Medical and sanitary report of the native army of Bengal for the year
Year: 1876
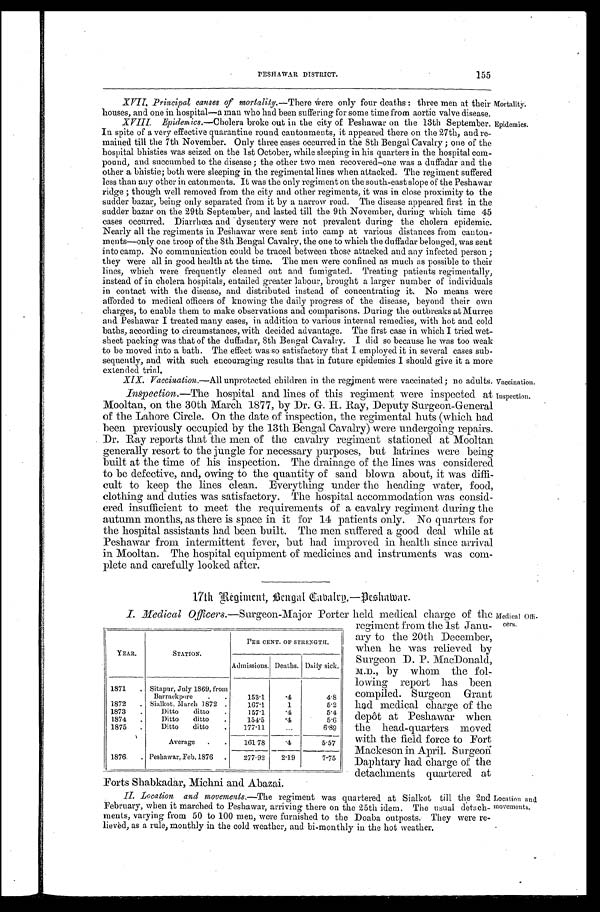
PESHAWAR DISTRICT.
155
XVII. Principal causes of mortality. —There were only four deaths: three men at their
houses, and one in hospital—a man who had been suffering for some time from aortic valve disease.
XVIII. Epidemics.—Cholera broke out in the city of Peshawar on the 13th September.
In spite of a very effective quarantine round cantonments, it appeared there on the 27th, and re
- m a i n e d t i l l t h e 7 t h N o v e m b e r . O n l y t h r e e c a s e s o c c u r r e d i n t h e 8 t h B e n g a l C a v a l r y ; o n e o f t h e
hospital bhisties was seized on the 1st October, while sleeping in his quarters in the hospital com
- p o u n d , a n d s u c c u m b e d t o t h e d i s e a s e ; t h e o t h e r t w o m e n r e c o v e r e d — o n e w a s a d u f f a d a r a n d t h e
other a bhistie; both were sleeping in the regimental lines when attacked. The regiment suffered
less than any other in catonments. It was the only regiment on the south-east slope of the Peshawar
ridge; though well removed from the city and other regiments, it was in close proximity to the
sudder bazar, being only separated from it by a narrow road. The disease appeared first in the
sudder bazar on the 29th September, and lasted till the 9th November, during which time 45
cases occurred. Diarrhœa and dysentery were not prevalent during the cholera epidemic.
Nearly all the regiments in Peshawar were sent into camp at various distances from canton
-ments—only one troop of the 8th Bengal Cavalry, the one to which the duffadar belonged, was sent
into camp. No communication could be traced between those attacked and any infected person;
they were all in good health at the time. The men were confined as much as possible to their
lines, which were frequently cleaned out and fumigated. Treating patients regimentally,
instead of in cholera hospitals, entailed greater labour, brought a larger number of individuals
in contact with the disease, and distributed instead of concentrating it. No means were
afforded to medical officers of knowing the daily progress of the disease, beyond their own
charges, to enable them to make observations and comparisons. During the outbreaks at Murree
and Peshawar I treated many cases, in addition to various internal remedies, with hot and cold
baths, according to circumstances, with decided advantage. The first case in which I tried wet-
sheet packing was that of the duffadar, 8th Bengal Cavalry. I did so because he was too weak
to be moved into a bath. The effect was so satisfactory that I employed it in several cases sub
-sequently, and with such encouraging results that in future epidemics I should give it a more
extended trial.
XIX. Vaccination.—All unprotected children in the regiment were vaccinated; no adults.
Inspection. —The hospital and lines of this regiment were inspected at
Mooltan, on the 30th March 1877, by Dr. G. H. Ray, Deputy Surgeon-General
of the Lahore Circle. On the date of inspection, the regimental huts (which had
been previously occupied by the 13th Bengal Cavalry) were undergoing repairs
. Dr. Ray reports that the men of the cavalry regiment stationed at Mooltan
generally resort to the jungle for necessary purposes, but latrines were being
built at the time of his inspection. The drainage of the lines was considered
to be defective, and, owing to the quantity of sand blown about, it was d
i f f i - c u l t t o k e e p t h e l i n e s c l e a n . E v e r y t h i n g u n d e r t h e h e a d i n g w a t e r , f o o d ,
clothing and duties was satisfactory. The hospital accommodation was consid
-ered insufficient to meet the requirements of a cavalry regiment during the
autumn months, as there is space in it for 14 patients only. No quarters for
the hospital assistants had been built. The men suffered a good deal while at
Peshawar from intermittent fever, but had improved in health since arrival
in Mooltan. The hospital equipment of medicines and instruments was com-
plete and carefully looked after.
17th Regiment, Bengal Cavalry—Peshwar.
I. Medical Officers. —Surgeon-Major Porter held medical charge of the
regiment from the 1st Janu-
ary to the 20th December,
when he was relieved by
Surgeon D. P. MacDonald,
M.D., by whom the fol
-lowing report has been
compiled. Surgeon Grant
had medical charge of the
depôt at Peshawar when
the head-quarters moved
with the field force to Fort
Mackeson in April. Surgeon
Daphtary had charge of the
detachments quartered at
Forts Shabkadar, Michni and Abazai.
II. Location and movements.— The regiment was quartered at Sialkot till the 2nd
February, when it marched to Peshawar, arriving there on the 25th idem. The usual detach
-ments, varying from 50 to 100 men, were furnished to the Doaba outposts. They were re
- l i e v e d , a s a r u l e , m o n t h l y i n t h e c o l d w e a t h e r , a n d b i - m o n t h l y i n t h e h o t w e a t h e r .
YEAR.
STATION.
PER CENT. OF STRENGTH.
Admissions. Deaths. Daily sick.
1871
Sitapur, July 1869, from
Barrackpore
153.1
.4
4.8
1872
Sialkot, March 1872
167.1
1
5.2
1873
Ditto ditto
157.1
.4
5.4
1874
Ditto ditto
154.5
.4
5.6
1875
Ditto ditto
177.11
6.89
Average
161.78
.4
5.57
1876
Peshawar, Feb. 1876
277.92
2.19
7.75
Mortality. Epidemics.
Vaccination.
Inspection.
Medical Offi-
cers.
Location and
movements.